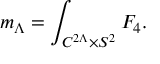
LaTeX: m _ { \Lambda } = \int _ { C ^ { 2 \Lambda } \times S ^ { 2 } } F _ { 4 } .